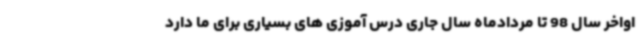
اواخر سال 98 تا مردادماه سال جاری درس آموزی های بسیاری برای ما دارد